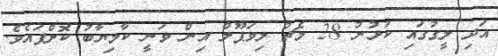
އަދި ލީގުގައި ކުޅުނު 28 މެޗު ލިވަޕޫލް އިން ވަނީ ކާމިޔާބު ކޮށްފައެވެ.